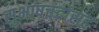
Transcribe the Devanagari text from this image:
सुभाषचंद्रांसह